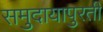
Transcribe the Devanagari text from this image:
समुदायापुरती